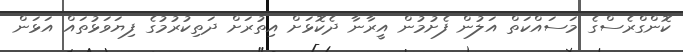
ކޮންގްރެސްގެ މަސައްކަތް އަލުން ފެށުމުން އީރާނާ ދެކޮޅަށް އިތުރަށް ދަތިކުރުމުގެ ފިޔަވަޅުތައް އަޅަން